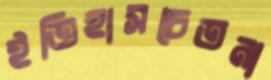
ইতিহাসচেতনা